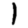
Digit: 1